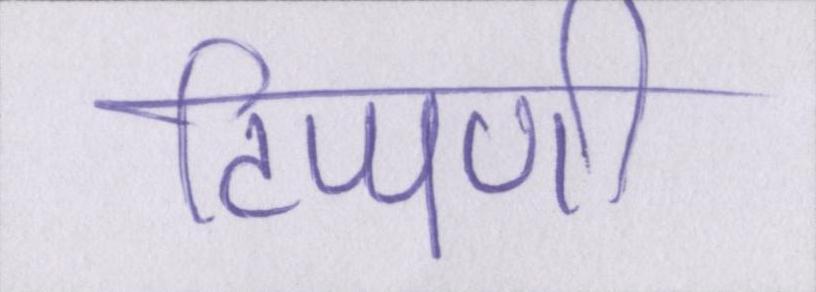
टिप्पणी